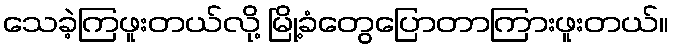
သေခဲ့ကြဖူးတယ်လို့ မြို့ခံတွေပြောတာကြားဖူးတယ်။